Annual administration report of the Civil Veterinary Department of India - 1898-1899
Year: 1898
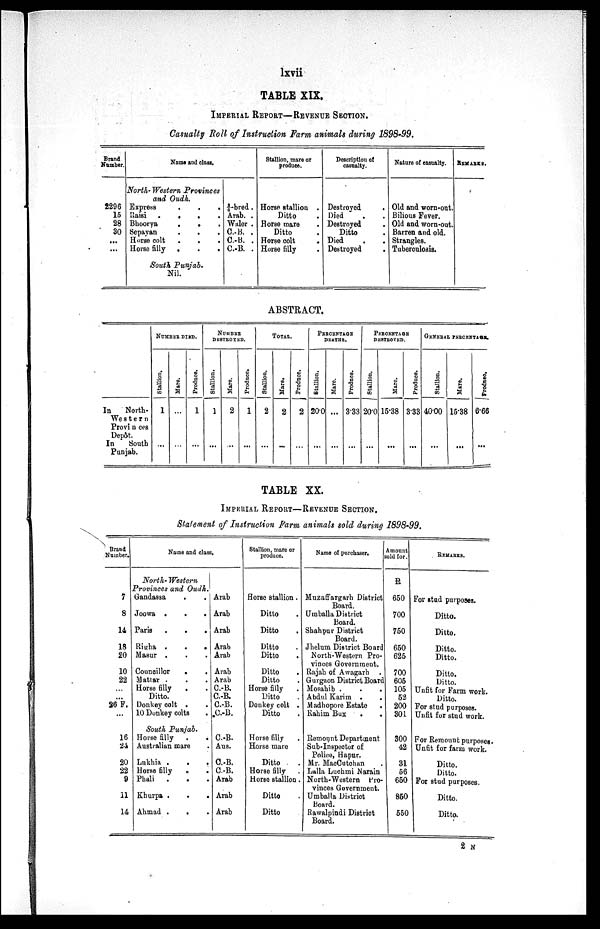
lxvii
TABLE XIX.
IMPERIAL REPORT—REVENUE SECTION.
Casualty Roll of Instruction Farm animals during 1898-99.
Brand
Number.
2296
15
28
30
...
...
Name and class.
North-Western Provinces
and Oudh.
Express
.
.
.
Raisi .
.
.
.
Bhoorya
.
. .
Sepayan . . .
Horse colt
.
.
.
Horse filly .
.
.
South Punjab.
Nil.
¾-bred.
Arab. .
Waler .
C.-B. .
C.-B. .
C.-B. .
Stallion, mare or
produce.
Horse stallion .
Ditto .
Horse mare .
Ditto .
Horse colt
.
Horse filly .
Description of
casualty.
Destroyed
.
Died . .
Destroyed .
Ditto .
Died . .
Destroyed .
Nature of casualty.
Old and worn-out.
Bilious Fever.
Old and worn-out.
Barren and old.
Strangles.
Tuberculosis.
REMARKS.
ABSTRACT.
In
North-
Western
Provinces
Depôt.
In
South
Punjab.
NUMBER DIED.
Stallion.
1
...
Mare.
...
...
Produce.
1
...
NUMBER
DESTROYED.
Stallion.
1
...
Mare.
2
...
Produce.
1
...
TOTAL.
Stallion.
2
...
Mare.
2
...
Produce.
2
...
PERCENTAGE
DEATHS.
Stallion.
20.0
...
Mare.
...
...
Produce.
3.33
...
PERCENTAGE
DESTROYED.
Stallion.
20.0
...
Mare.
15.38
...
Produce.
3.33
...
GENERAL PERCENTAGE.
Stallion.
40.00
...
Mare.
15.38
...
Produce.
6.66
...
TABLE XX.
IMPERIAL REPORT—REVENUE SECTION.
Statement of Instruction Farm animals sold during 1898-99.
Brand
Number.
7
8
14
18
20
10
22
...
...
36 F.
...
16
24
20
22
9
11
14
Name and class.
North-Western
Provinces and Oudh.
Gandassa . .
Joowa .
.
.
Paris
.
.
.
Righa .
.
.
Masur . . .
Councillor
. .
Mattar . . .
Horse filly . .
Ditto.
Donkey colt . .
10 Donkey colts .
South Punjab.
Horse filly . .
Australian mare .
Lukhia .
.
.
Horse filly . .
Phali . . .
Khurpa . . .
Ahmad . . .
Arab
Arab
Arab
Arab
Arab
Arab
Arab
C.-B.
C.-B.
C.-B.
C.-B.
C.-B.
Aus.
C.-B.
C.-B.
Arab
Arab
Arab
Stallion, mare or
produce.
Horse stallion .
Ditto .
Ditto .
Ditto .
Ditto .
Ditto .
Ditto .
Horse filly .
Ditto .
Donkey colt .
Ditto .
Horse filly .
Horse mare
Ditto .
Horse filly .
Horse stallion .
Ditto .
Ditto
Name of purchaser.
Muzaffargarh District
Board.
Umballa District
Board.
Shahpur District
Board.
Jhelum District Board
North-Western Pro-
vinces Government.
Rajah of Awagarh .
Gurgaon District Board
Mosahib .
Abdul Karim . .
Madhopore Estate .
Rahim Bux
. .
Remount Department
Sub-Inspector of
Police, Hapur.
Mr. MacCutohan
Lalla Luchmi Narain
North-Western Pro-
vinces Government.
Umballa District
Board.
Rawalpindi District
Board.
Amount
sold for.
R
650
700
750
650
625
700
605
105
52
200
301
300
42
31
56
650
850
550
REMARKS.
For stud purposes.
Ditto.
Ditto.
Ditto.
Ditto.
Ditto.
Ditto.
Unfit for Farm work.
Ditto.
For stud purposes.
Unfit for stud work.
For Remount purposes.
Unfit for farm work.
Ditto.
Ditto.
For stud purposes.
Ditto.
Ditto.
2 N